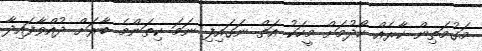
މަގުމަތިން ކާރެއް ހޯދުމަށް މީހަކު އަތް ނަގައިފި ނަމަ ކިތަންމެ ބާރަށް ދުއްވާފައިދާ